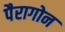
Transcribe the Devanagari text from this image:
पैरागोन